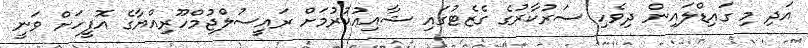
އަދި މި ގައިޑްލައިން ދިވެހި ސަރުކާރުގެ ގެޒެޓުގައި ޝާއިޢުކުރުމަށް ރައީސުލްޖުމްހޫރިއްޔާގެ އޮފީހަށް ވަނީ